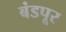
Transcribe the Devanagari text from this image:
बंडपूर